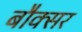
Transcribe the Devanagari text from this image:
बौक्सर